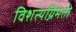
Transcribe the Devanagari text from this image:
विशत्यग्निमतो